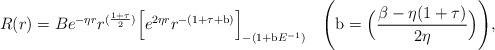
LaTeX: \begin{align*}R(r)=Be^{-\eta{r}}r^{(\frac{1+\tau}{2})}\Big[e^{2\eta{r}}r^{-(1+\tau+\mathrm{b})}\Big]_{-(1+\mathrm{b}E^{-1})}\quad\Bigg(\mathrm{b}=\Big(\frac{\beta-\eta(1+\tau)}{2\eta}\Big)\Bigg),\end{align*}